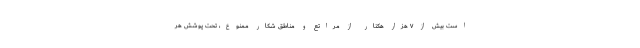
است بیش از ۷ هزار هکتار از مراتع و مناطق شکار ممنوع، تحت پوشش هر